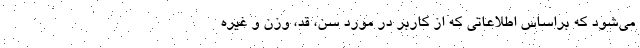
می‌شود که براساس اطلاعاتی که از کاربر در مورد سن، قد، وزن و غیره